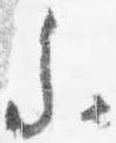
参